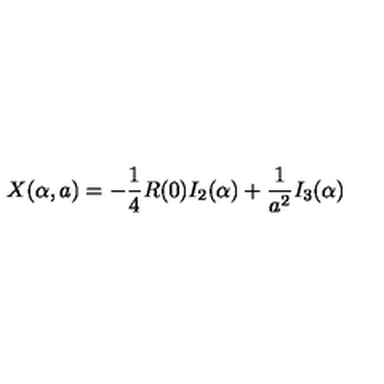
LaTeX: X ( \alpha , a ) = - \frac 1 4 R ( 0 ) I _ { 2 } ( \alpha ) + { \frac { 1 } { a ^ { 2 } } } I _ { 3 } ( \alpha )